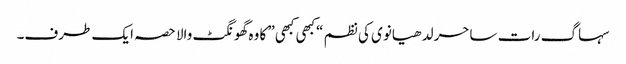
سہاگ رات ساحر لدھیانوی کی نظم “کبھی کبھی” کا وہ گھونگٹ والا حصہ ایک طرف۔